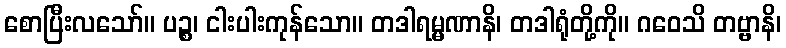
စောပြီးလသော်။ ပဉ္စ၊ ငါးပါးကုန်သော။ တဒါရမ္မဏာနိ၊ တဒါရုံတို့ကို။ ဂဝေသိ တဗ္ဗာနိ၊